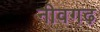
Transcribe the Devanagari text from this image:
नीवगढ़